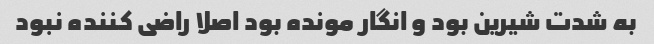
به شدت شیرین بود و انگار مونده بود اصلا راضی کننده نبود